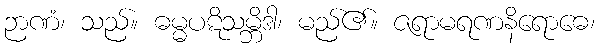
ဉာဏံ၊ သည်။ ဓမ္မပဋိသမ္ဘိဒါ၊ မည်၏။ ဇရာမရဏနိရောဓေ၊